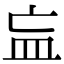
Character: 𥁃